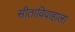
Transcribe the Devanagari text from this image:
सीताविवाहाला